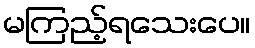
မကြည့်ရသေးပေ။